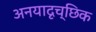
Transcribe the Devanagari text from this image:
अनयादृच्छिक